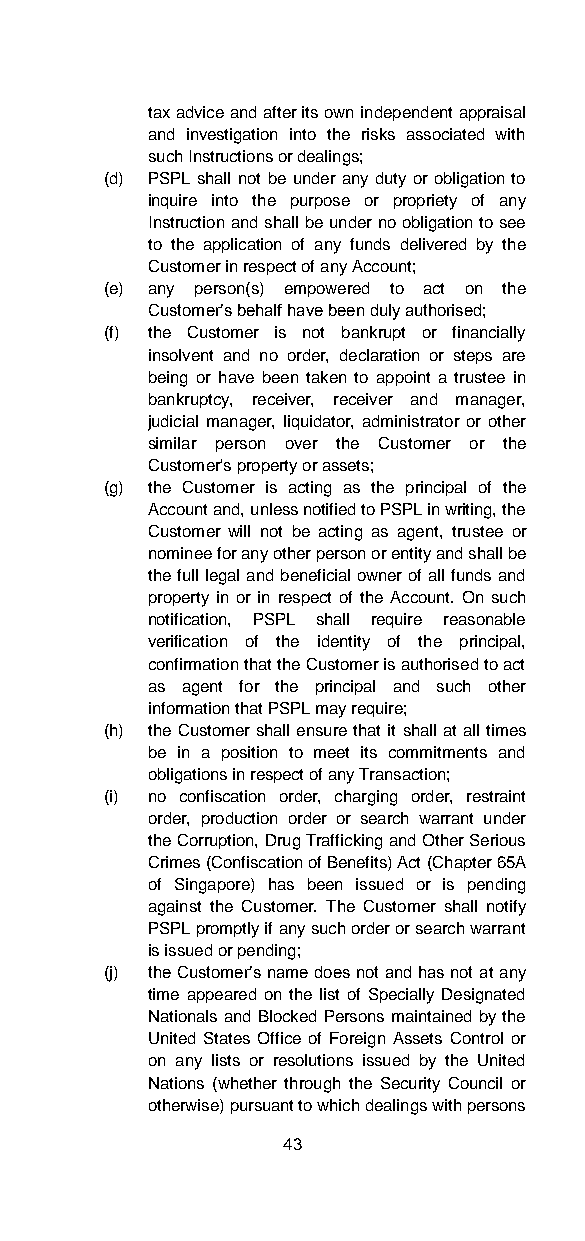
tax advice and after its own independent appraisal
 and investigation into the risks associated with
 such Instructions or dealings;
 (d) PSPL shall not be under any duty or obligation to
 inquire into the purpose or propriety of any
 Instruction and shall be under no obligation to see
 to the application of any funds delivered by the
 Customer in respect of any Account;
 (e) any person(s) empowered to act on the
 Customer’s behalf have been duly authorised;
 (f) the Customer is not bankrupt or financially
 insolvent and no order, declaration or steps are
 being or have been taken to appoint a trustee in
 bankruptcy, receiver, receiver and manager,
 judicial manager, liquidator, administrator or other
 similar person over the Customer or the
 Customer's property or assets;
 (g) the Customer is acting as the principal of the
 Account and, unless notified to PSPL in writing, the
 Customer will not be acting as agent, trustee or
 nominee for any other person or entity and shall be
 the full legal and beneficial owner of all funds and
 property in or in respect of the Account. On such
 notification, PSPL shall require reasonable
 verification of the identity of the principal,
 confirmation that the Customer is authorised to act
 as agent for the principal and such other
 information that PSPL may require;
 (h) the Customer shall ensure that it shall at all times
 be in a position to meet its commitments and
 obligations in respect of any Transaction;
 (i) no confiscation order, charging order, restraint
 order, production order or search warrant under
 the Corruption, Drug Trafficking and Other Serious
 Crimes (Confiscation of Benefits) Act (Chapter 65A
 of Singapore) has been issued or is pending
 against the Customer. The Customer shall notify
 PSPL promptly if any such order or search warrant
 is issued or pending;
 (j) the Customer’s name does not and has not at any
 time appeared on the list of Specially Designated
 Nationals and Blocked Persons maintained by the
 United States Office of Foreign Assets Control or
 on any lists or resolutions issued by the United
 Nations (whether through the Security Council or
 otherwise) pursuant to which dealings with persons
 43